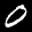
Label: 0